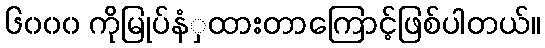
၆၀၀၀ ကိုမြုပ်နံှထားတာကြောင့်ဖြစ်ပါတယ်။